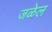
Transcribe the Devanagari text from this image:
जळेल